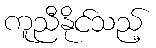
ကူညီနိုင်သည့်